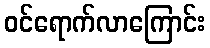
ဝင်ရောက်လာကြောင်း